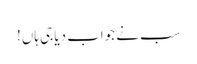
سب نے جواب دیا جی ہاں!